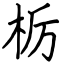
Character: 栃